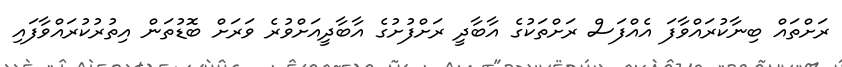
ރަށްތައް ބިނާކުރައްވާފަ އެއްފަސް ރަށްތަކުގެ އާބާދީ ރަށްފުށުގެ އާބާދީއަށްވުރެ ވަރަށް ބޮޑުތަން އިތުރުކުރައްވާފައި